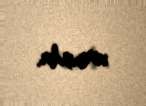
vermişdir.